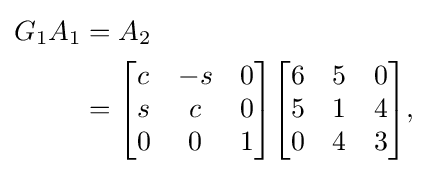
{\begin{aligned}G_{1}A_{1}&{}=A_{2}\\&{}={\begin{bmatrix}c&-s&0\\s&c&0\\0&0&1\\\end{bmatrix}}{\begin{bmatrix}6&5&0\\5&1&4\\0&4&3\\\end{bmatrix}},\end{aligned}}